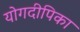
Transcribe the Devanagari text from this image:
योगदीपिका